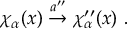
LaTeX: \chi _ { \alpha } ( x ) \stackrel { a ^ { \prime \prime } } { \rightarrow } \chi _ { \alpha } ^ { \prime \prime } ( x ) ~ .